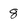
Character: 8